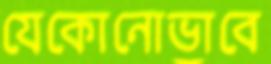
যেকোনোভাবে